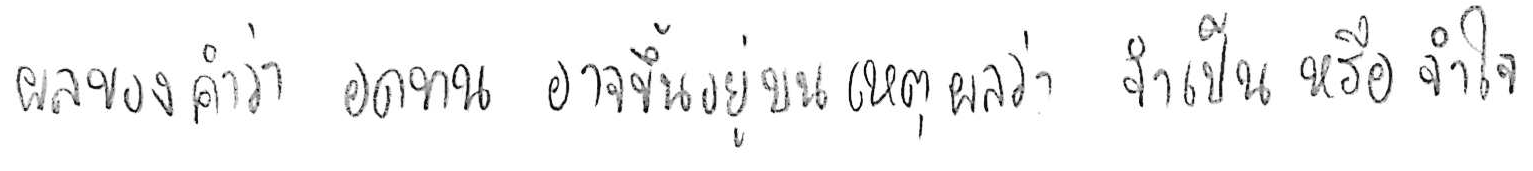
ผลของคำว่า อดทน อาจขึ้นอยู่บนเหตุผลว่า จำเป็น หรือ จำใจ